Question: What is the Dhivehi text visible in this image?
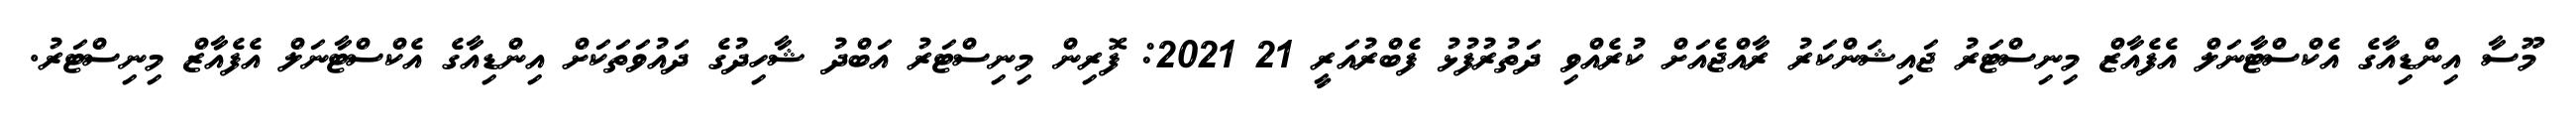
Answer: މޫސާ އިންޑިއާގެ އެކްސްޓާނަލް އެފެއާޒް މިނިސްޓަރު ޖައިޝަންކަރު ރާއްޖެއަށް ކުރެއްވި ދަތުރުފުޅު ފެބްރުއަރީ 21 2021: ފޮރިން މިނިސްޓަރު އަބްދު ޝާހިދުގެ ދައުވަތަކަށް އިންޑިއާގެ އެކްސްޓާނަލް އެފެއާޒް މިނިސްޓަރު.